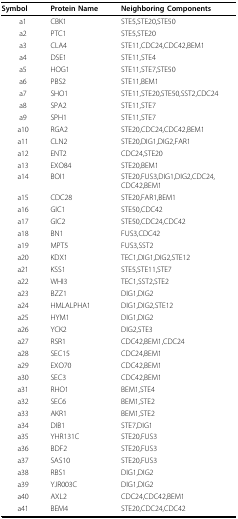
| Symbol | Protein Name | Neighboring Components |
 | --- | --- | --- |
 | a1 | CBK1 | STE5,STE20,STE50 |
 | a2 | PTC1 | STE5,STE20 |
 | a3 | CLA4 | STE11,CDC24,CDC42,BEM1 |
 | a4 | DSE1 | STE11,STE4 |
 | a5 | HOG1 | STE11,STE7,STE50 |
 | a6 | PBS2 | STE11,BEM1 |
 | a7 | SHO1 | STE11,STE20,STE50,SST2,CDC24 |
 | a8 | SPA2 | STE11,STE7 |
 | a9 | SPH1 | STE11,STE7 |
 | a10 | RGA2 | STE20,CDC24,CDC42,BEM1 |
 | a11 | CLN2 | STE20,DIG1,DIG2,FAR1 |
 | a12 | ENT2 | CDC24,STE20 |
 | a13 | EXO84 | STE20,BEM1 |
 | a14 | BOI1 | STE20,FUS3,DIG1,DIG2,CDC24,CDC42,BEM1 |
 | a15 | CDC28 | STE20,FAR1,BEM1 |
 | a16 | GIC1 | STE50,CDC42 |
 | a17 | GIC2 | STE50,CDC24,CDC42 |
 | a18 | BN1 | FUS3,CDC42 |
 | a19 | MPT5 | FUS3,SST2 |
 | a20 | KDX1 | TEC1,DIG1,DIG2,STE12 |
 | a21 | KSS1 | STE5,STE11,STE7 |
 | a22 | WHI3 | TEC1,SST2,STE2 |
 | a23 | BZZ1 | DIG1,DIG2 |
 | a24 | HMLALPHA1 | DIG1,DIG2,STE12 |
 | a25 | HYM1 | DIG1,DIG2 |
 | a26 | YCK2 | DIG2,STE3 |
 | a27 | RSR1 | CDC42,BEM1,CDC24 |
 | a28 | SEC15 | CDC24,BEM1 |
 | a29 | EXO70 | CDC42,BEM1 |
 | a30 | SEC3 | CDC42,BEM1 |
 | a31 | RHO1 | BEM1,STE4 |
 | a32 | SEC6 | BEM1,STE2 |
 | a33 | AKR1 | BEM1,STE2 |
 | a34 | DIB1 | STE7,DIG1 |
 | a35 | YHR131C | STE20,FUS3 |
 | a36 | BDF2 | STE20,FUS3 |
 | a37 | SAS10 | STE20,FUS3 |
 | a38 | RBS1 | DIG1,DIG2 |
 | a39 | YJR003C | DIG1,DIG2 |
 | a40 | AXL2 | CDC24,CDC42,BEM1 |
 | a41 | BEM4 | STE20,CDC24,CDC42 |